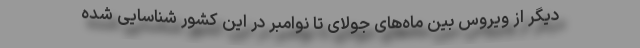
دیگر از ویروس بین ماه‌های جولای تا نوامبر در این کشور شناسایی شده